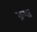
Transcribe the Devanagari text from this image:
ग्रन्था